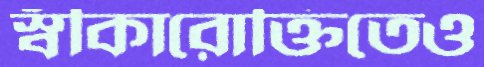
স্বীকারোক্তিতেও